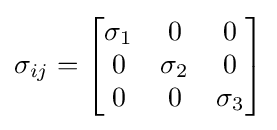
\sigma _{ij}={\begin{bmatrix}\sigma _{1}&0&0\\0&\sigma _{2}&0\\0&0&\sigma _{3}\end{bmatrix}}